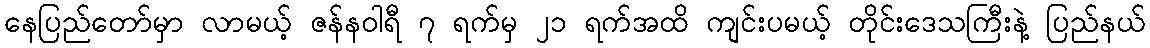
နေပြည်တော်မှာ လာမယ့် ဇန်နဝါရီ ၇ ရက်မှ ၂၁ ရက်အထိ ကျင်းပမယ့် တိုင်းဒေသကြီးနဲ့ ပြည်နယ်